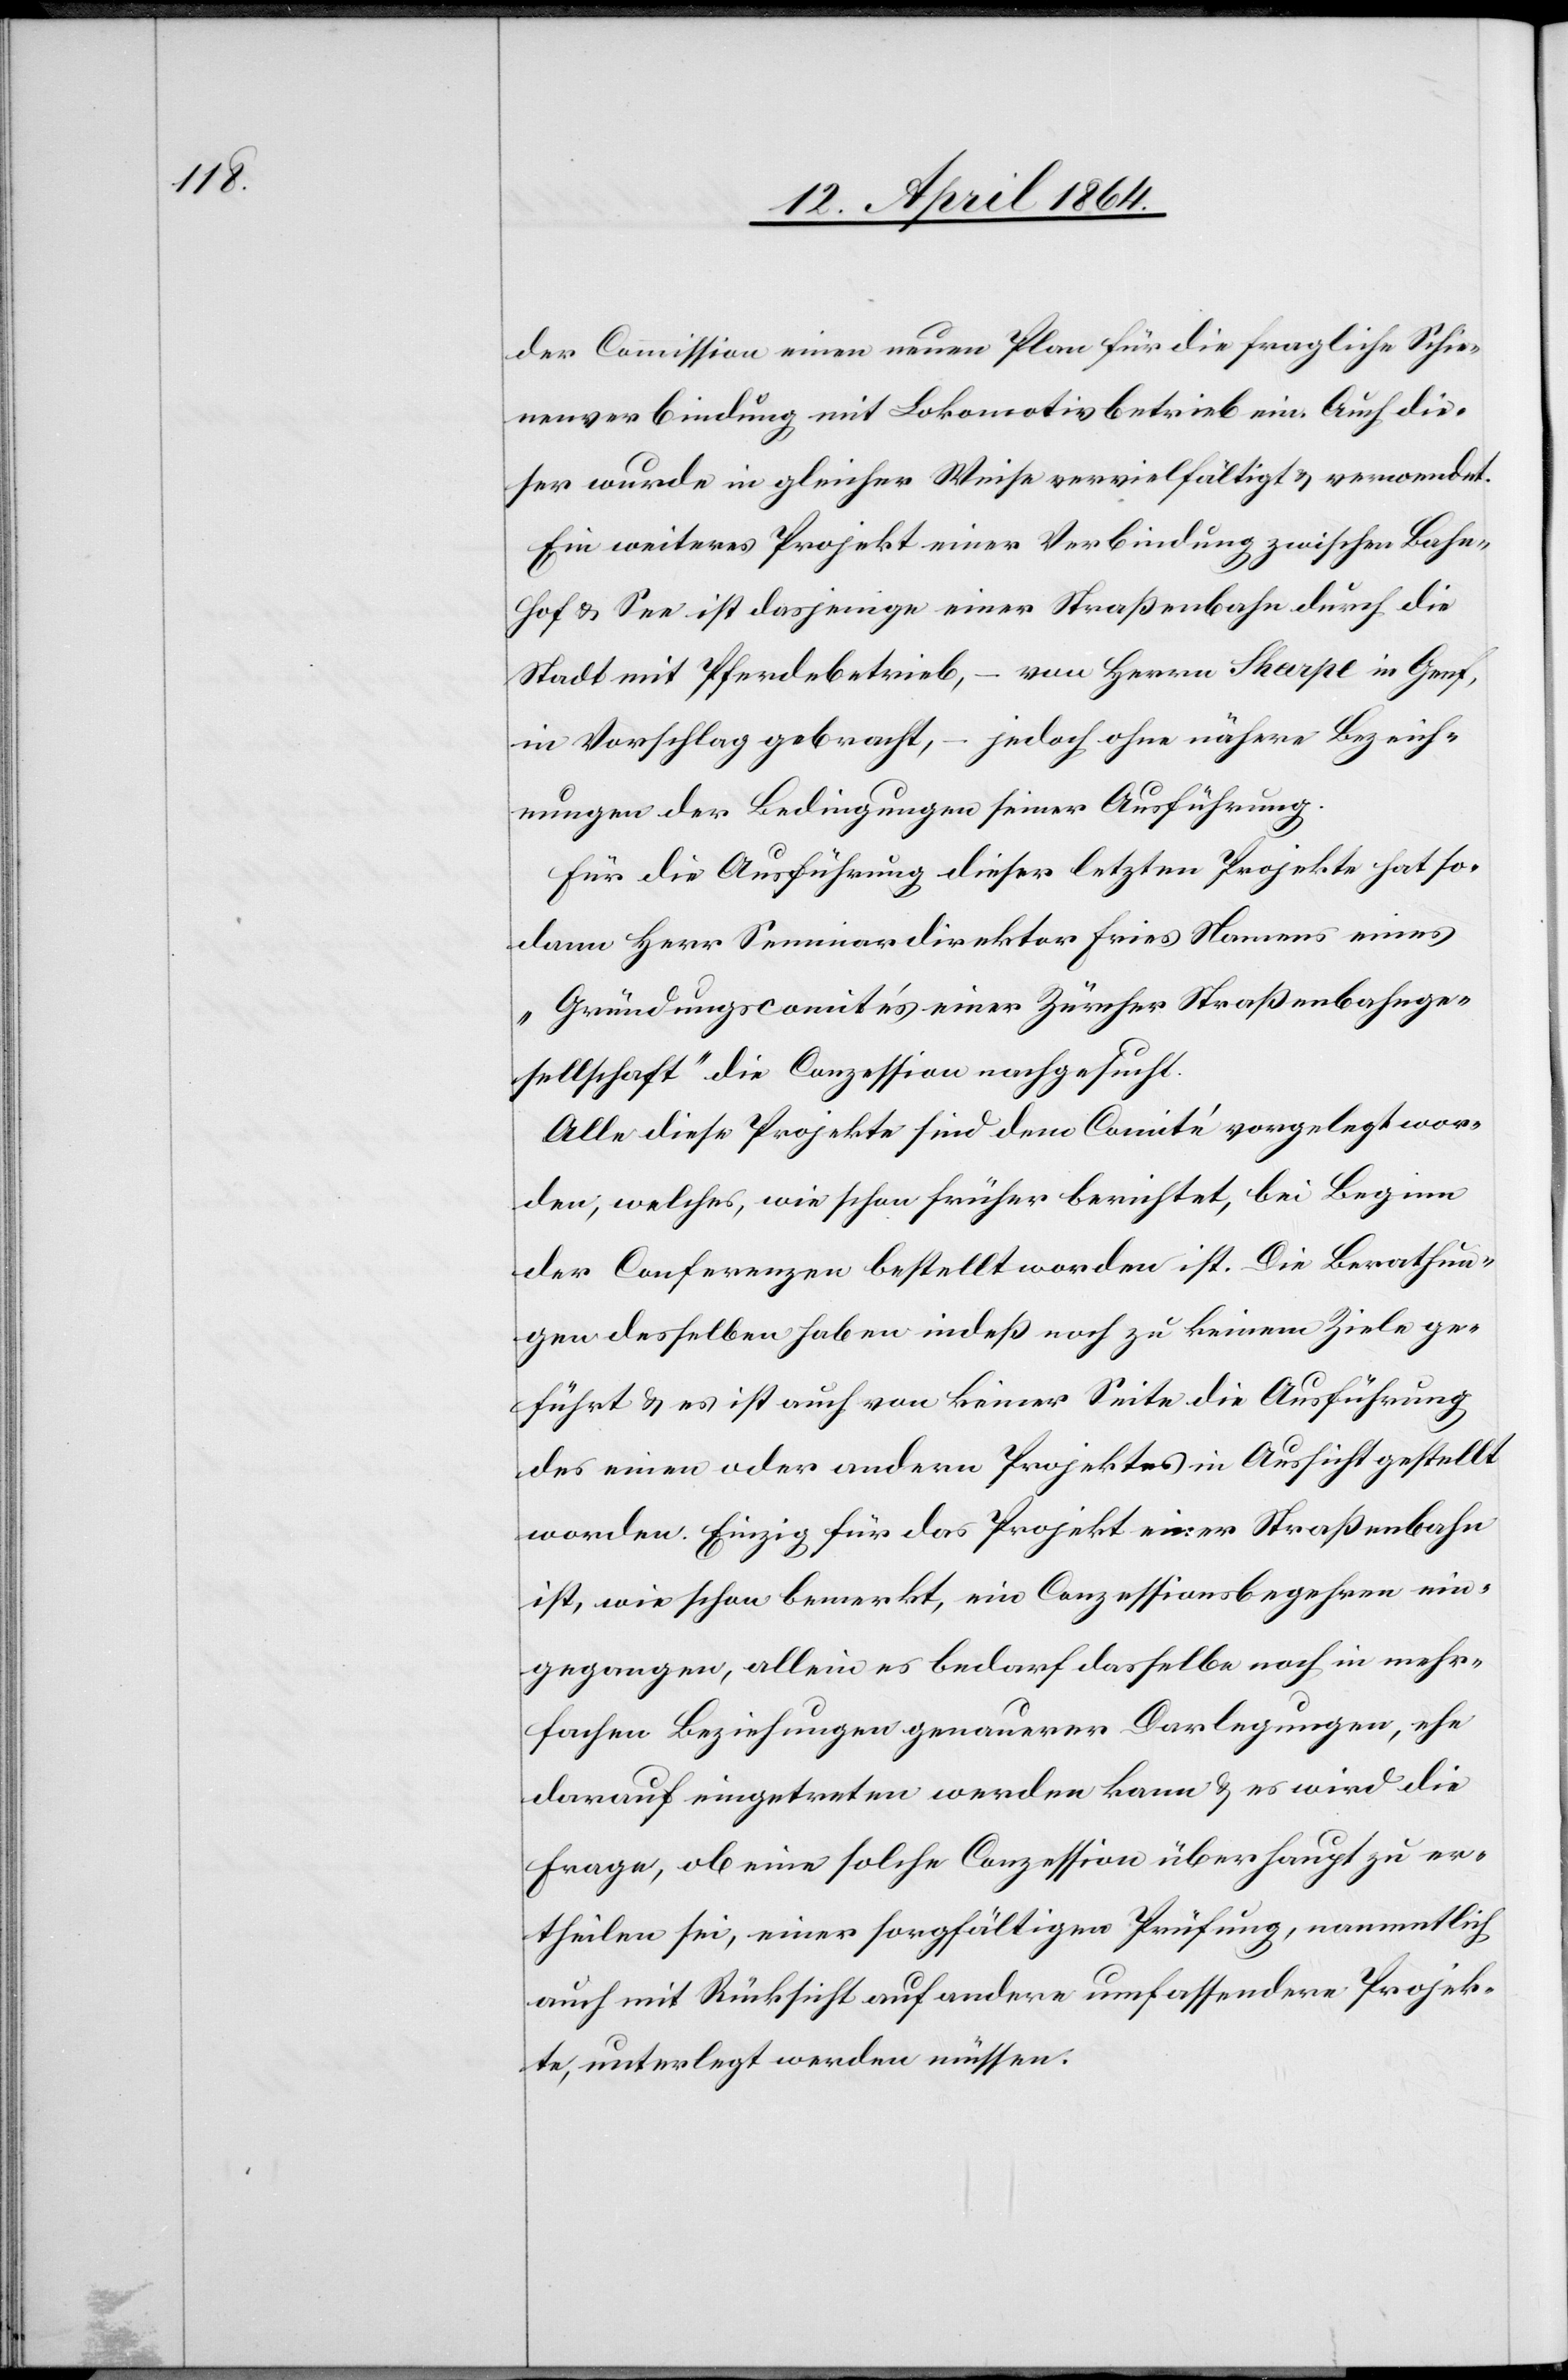
der Commission einen neuen Plan für die fragliche Schie¬
nenverbindung mit Lokomotivbetrieb ein. Auch die¬
ser wurde in gleicher Weise vervielfältigt u. verordnet.
Ein weiteres Projekt einer Verbindung zwischen Bahn¬
hof u. See ist dasjenige einer Straßenbahn durch die
Stadt mit Pferdebetrieb, – von Herrn Skarpe in Genf,
in Vorschlag gebracht, – jedoch ohne nähere Bezeich¬
nungen der Bedingungen seiner Ausführung.
Für die Ausführung dieser letzten Projekte hat so¬
dann Herr Seminardirektor Fries Namens eines
„Gründungscomités einer Zürcher Straßenbahnge¬
sellschaft“ die Conzession nachgesucht.
Alle diese Projekte sind dem Comité vorgelegt wor¬
den, welches, wie schon früher berichtet, bei Beginn
der Conferenzen bestellt worden ist. Die Berathun¬
gen desselben haben indeß noch zu keinem Ziele ge¬
führt u. es ist auch von keiner Seite die Ausführung
des einen oder andern Projektes in Aussicht gestellt
worden. Einzig für das Projekt einer Straßenbahn
ist, wie schon bemerkt, ein Conzessionsbegehren ein¬
gegangen, allein es bedarf dasselbe noch in mehr¬
fachen Beziehungen genauerer Darlegungen, ehe
darauf eingetreten werden kann u. es wird die
Frage, ob eine solche Conzession überhaupt zu er¬
theilen sei, einer sorgfältigen Prüfung, namentlich
auch mit Rücksicht auf andere umfassendere Projek¬
te, unterlegt werden müssen.